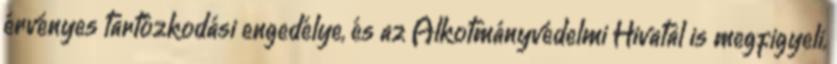
érvényes tartózkodási engedélye, és az Alkotmányvédelmi Hivatal is megfigyeli,